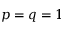
p = q = 1